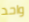
واحد